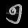
Digit: ၅